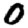
Digit: 0